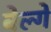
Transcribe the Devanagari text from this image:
बेल्गे